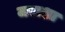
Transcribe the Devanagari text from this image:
जराशा